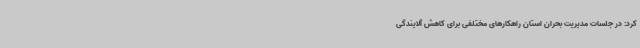
کرد: در جلسات مدیریت بحران استان راهکارهای مختلفی برای کاهش آلایندگی